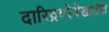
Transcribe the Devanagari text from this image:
दारिद्रयरेषेखालील